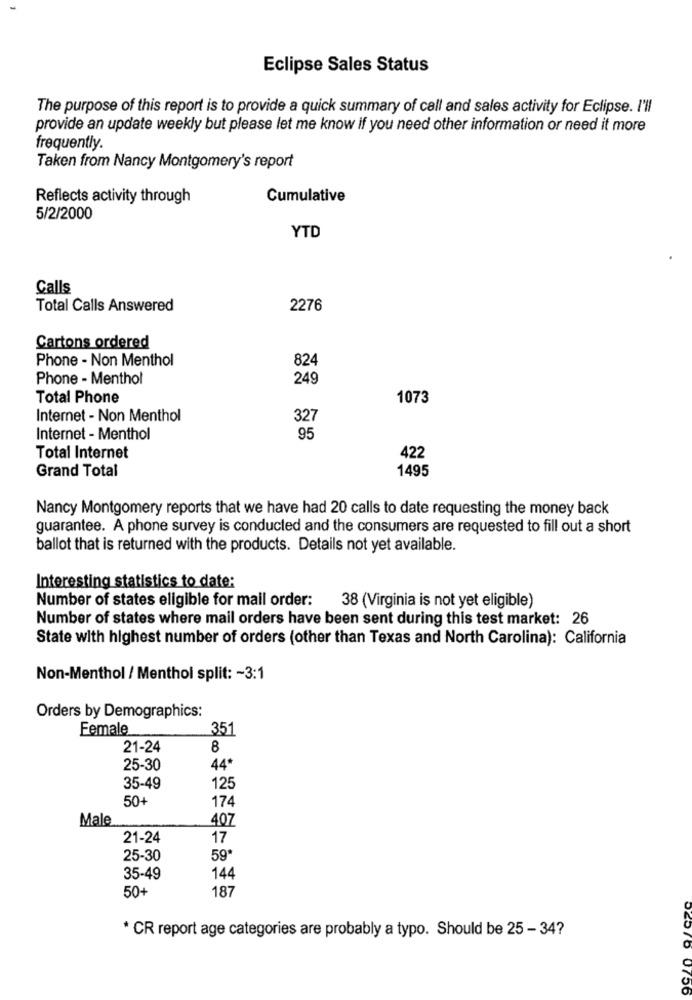
Eclipse Sales Status
The purpose of this report is to provide a quick summary of call and sales activity for Eclipse. I'll
provide an update weekly but please let me know if you need other information or need it more
frequently.
Taken from Nancy Montgomery's report
Reflects activity through
Cumulative
5/2/2000
YTD
Calls
Total Calls Answered
2276
Cartons ordered
Phone - Non Menthol
824
Phone - Menthol
249
Total Phone
1073
Internet - Non Menthol
327
Internet - Menthol
95
Total Internet
422
Grand Total
1495
Nancy Montgomery reports that we have had 20 calls to date requesting the money back
guarantee. A phone survey is conducted and the consumers are requested to fill out a short
ballot that is returned with the products. Details not yet available.
Interesting statistics to date:
Number of states eligible for mail order: 38 (Virginia is not yet eligible)
Number of states where mail orders have been sent during this test market: 26
State with highest number of orders (other than Texas and North Carolina): California
Non-Menthol / Menthol split: ~ 3:1
Orders by Demographics:
Female
351
21-24
8
25-30
44*
35-49
125
50+
174
Male
407
21-24
17
25-30
59
35-49
144
50+
187
* CR report age categories are probably a typo. Should be 25 - 34?
02575 0756